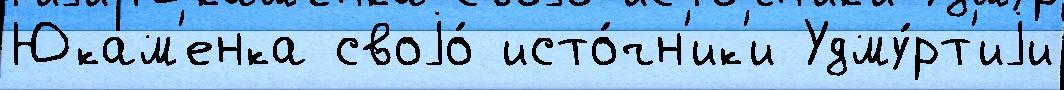
Юкам'енка своjо́ исто́чн'ик'и Удму́рт'иjи